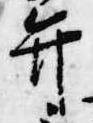
弁